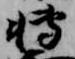
転